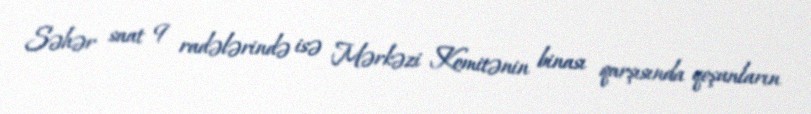
Səhər saat 9 radələrində isə Mərkəzi Komitənin binası qarşısında qoşunların